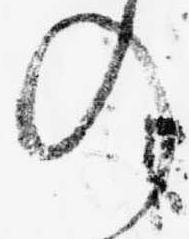
の